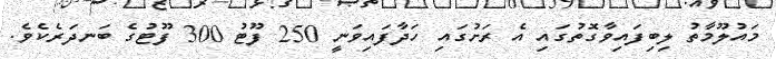
މައުލޫމާތު ލިބިފައިވާގޮތުގައި އެ ރަށުގައި ހަދާފައިވަނީ 250 ފޫޓު 300 ފޫޓުގެ ބަނދަރެކެވެ.